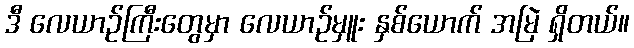
ဒီ လေယာဉ်ကြီးတွေမှာ လေယာဉ်မှူး နှစ်ယောက် အမြဲ ရှိတယ်။